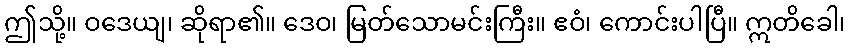
ဤသို့။ ဝဒေယျ၊ ဆိုရာ၏။ ဒေဝ၊ မြတ်သောမင်းကြီး။ ဧဝံ၊ ကောင်းပါပြီ။ ဣတိခေါ၊